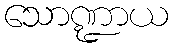
သောဏ္ဍာယ